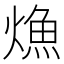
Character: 龽